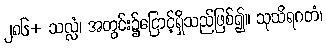
၂၈၆+ သလ္လံ၊ အတွင်း၌ငြောင့်ရှိသည်ဖြစ်၍။ သုသိရဂတံ၊